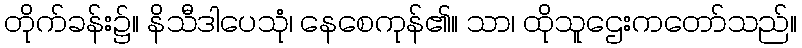
တိုက်ခန်း၌။ နိသီဒါပေသုံ၊ နေစေကုန်၏။ သာ၊ ထိုသူဌေးကတော်သည်။